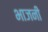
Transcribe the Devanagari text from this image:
भाजनी